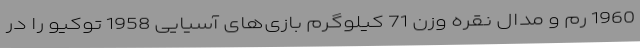
1960 رم و مدال نقره وزن 71 کیلوگرم بازی‌های آسیایی 1958 توکیو را در